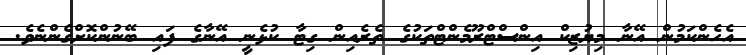
އެހެންކަމުން އޭނާ މިޔުޒިކް އިންސްޓްރޫމެންޓްތަކުގެ ތެރެއިން ގިޓާ ކުޅެނީ އޭނާގެ ފައި ބޭނުންކޮށްގެންނެވެ.